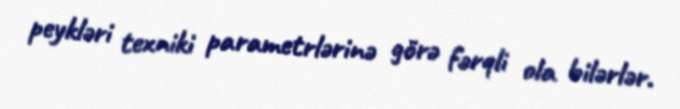
peykləri texniki parametrlərinə görə fərqli ola bilərlər.